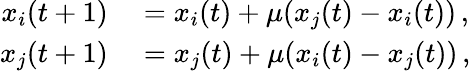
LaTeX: \begin{array}{rl}{x_{i}(t+1)}&{{}=x_{i}(t)+\mu(x_{j}(t)-x_{i}(t))\, ,}\\ {x_{j}(t+1)}&{{}=x_{j}(t)+\mu(x_{i}(t)-x_{j}(t))\, ,}\end{array}